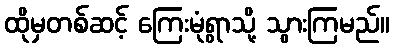
ထိုမှတစ်ဆင့် ကြေးမုံရွာသို့ သွားကြမည်။